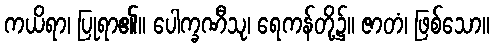
ကယိရာ၊ ပြုရာ၏။ ပေါက္ခဏီသု၊ ရေကန်တို့၌။ ဇာတံ၊ ဖြစ်သော။